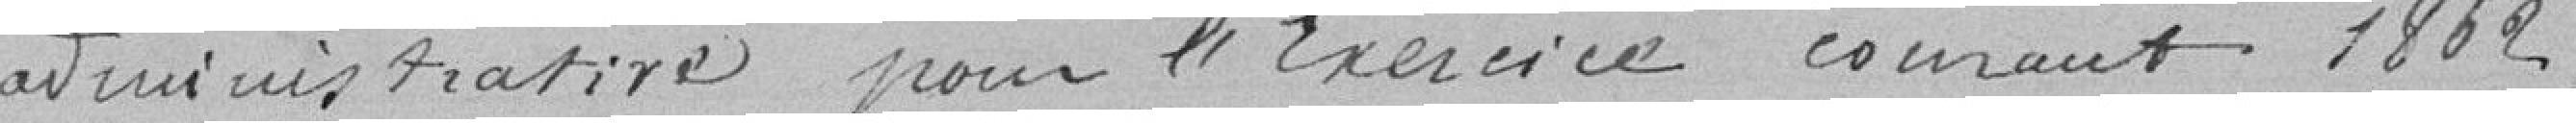
administrative pour l'Exercice courant 1862 ,